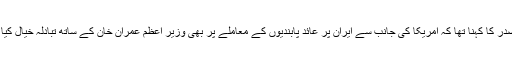
ایرانی صدر کا کہنا تھا کہ امریکا کی جانب سے ایران پر عائد پابندیوں کے معاملے پر بھی وزیر اعظم عمران خان کے ساتھ تبادلہ خیال کیا گیا ہے۔